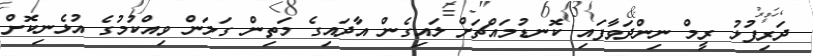
ދަރިފުޅު ރީމް ނިންދަވާފައި ކޮނޑުމައްޗަށް ލައިގެން އާދައިގެ މަތިން ގަލަން ވިއްކުމުގެ އުޅެނިކޮށް